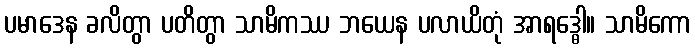
ပမာဒေန ခလိတွာ ပတိတွာ သာမိကဿ ဘယေန ပလာယိတုံ အာရဒ္ဓေါ။ သာမိကော